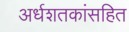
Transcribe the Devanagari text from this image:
अर्धशतकांसहित